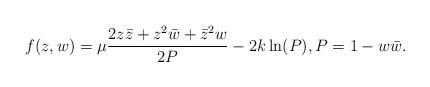
LaTeX: \begin{align*}f(z,w) =\mu\frac{2z\bar{z}+z^2\bar{w}+\bar{z}^2w}{2P} -2k\ln (P), P=1-w\bar{w}.\end{align*}